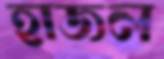
হাজল